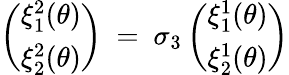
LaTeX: \left(\begin{array}{c}{{\xi_{1}^{2}(\theta)}}\\ {{\xi_{2}^{2}(\theta)}}\end{array}\right)~=~\sigma_{3}\left(\begin{array}{c}{{\xi_{1}^{1}(\theta)}}\\ {{\xi_{2}^{1}(\theta)}}\end{array}\right)